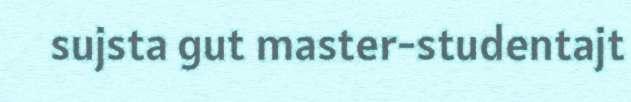
sujsta gut master-studentajt